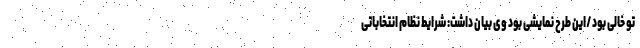
تو خالی بود /این طرح نمایشی بود وی بیان داشت: شرایط نظام انتخاباتی